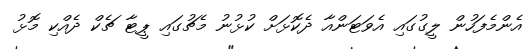
އެންމެފަހުން ލީގުގައި އެވަޓަންއާ ދެކޮޅަށް ކުޅުނު މެޗުގައި ޕީޓާ ޗެކް ދެއްކި މޮޅު